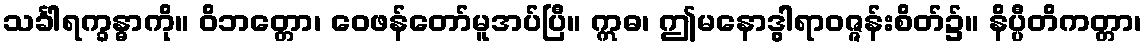
သင်္ခါရက္ခန္ဓာကို။ ဝိဘတ္တော၊ ဝေဖန်တော်မူအပ်ပြီ။ ဣဓ၊ ဤမနောဒွါရာဝဇ္ဇန်းစိတ်၌။ နိပ္ပီတိကတ္တာ၊